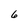
Character: 6